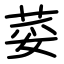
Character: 荽